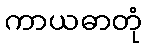
ကာယဓာတုံ